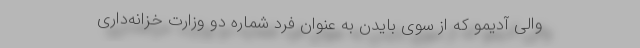
والی آدیمو که از سوی بایدن به عنوان فرد شماره دو وزارت خزانه‌داری